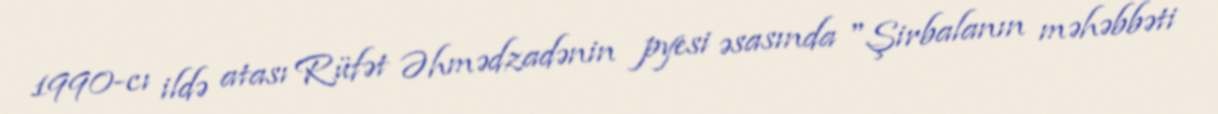
1990-cı ildə atası Rüfət Əhmədzadənin pyesi əsasında "Şirbalanın məhəbbəti